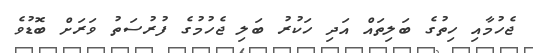
ޖެހުމާއި ހިތުގެ ބަލިތައް އަދި ހަކުރު ބަލި ޖެހުމުގެ ފުރުސަތު ވަރަށް ބޮޑުވެ